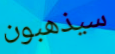
سيذهبون